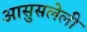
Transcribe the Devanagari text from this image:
आसुसलेली